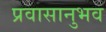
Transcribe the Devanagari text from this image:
प्रवासानुभव